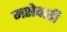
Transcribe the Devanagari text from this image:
मसेवाडी